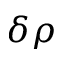
\delta \rho